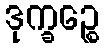
ဒုက္ခဉ္စေ